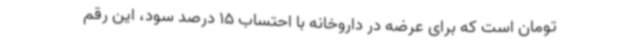
تومان است که برای عرضه در داروخانه با احتساب 15 درصد سود، این رقم